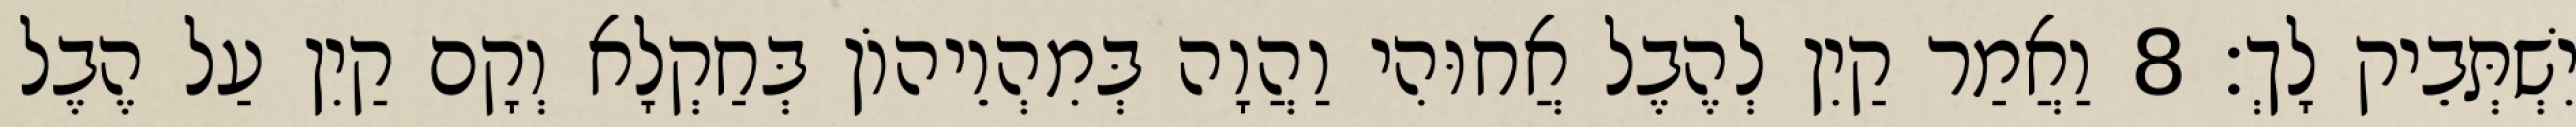
יִשְׁתְּבֵיק לָךְ׃ 8 וַאֲמַר קַיִן לְהֶבֶל אֲחוּהִי וַהֲוָה בְּמִהְוֵיהוֹן בְּחַקְלָא וְקָם קַיִן עַל הֶבֶל